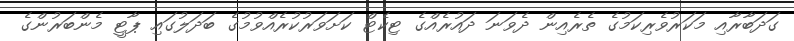
ގަދަބާރާއި މަކަރުވެރިކަމުގެ ތެރެއިން ދެވަނަ ދައުރެއްގެ ޓިކެޓް ކަށަވަރުކުރެއްވުމުގެ ބަދަލުގައި ޕާޓީ މެންބަރުންގެ